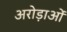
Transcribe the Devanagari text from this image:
अरोड़ाओं